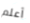
أعلم